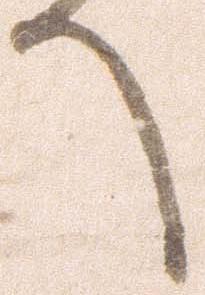
へ